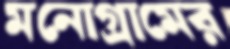
মনোগ্রামের